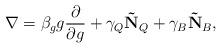
LaTeX: \begin{align*}\nabla = \beta_g g \frac{\partial}{\partial g} +\gamma_Q \mathbf{\tilde{N}}_Q + \gamma_B \mathbf{\tilde{N}}_B,\end{align*}